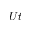
U t